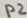
Text: 12